Annual administration report of the Civil Veterinary Department of India - 1895-1896
Year: 1895
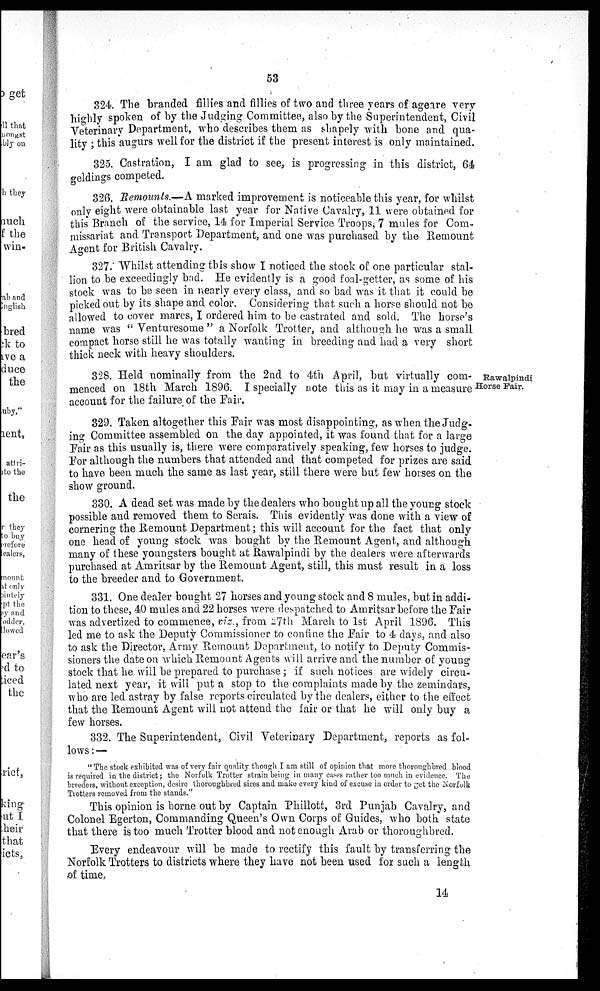
53
324. The branded fillies and fillies of two and three years of ageare very
highly spoken of by the Judging Committee, also by the Superintendent, Civil
Veterinary Department, who describes them as shapely with bone and qua-
lity; this augurs well for the district if the present interest is only maintained.
325. Castration, I am glad to see, is progressing in this district, 64
geldings competed.
326. Remounts.- A marked improvement is noticeable this year, for whilst
only eight were obtainable last year for Native Cavalry, 11 were obtained for
this Branch of the service, 14 for Imperial Service Troops, 7 mules for Com-
missariat and Transport Department, and one was purchased by the Remount
Agent for British Cavalry.
327. Whilst attending this show I noticed the stock of one particular stal-
lion to be exceedingly bad. He evidently is a good foal-getter, as some of his
stock was to be seen in nearly every class, and so bad was it that it could be
picked out by its shape and color. Considering that such a horse should not be
allowed to cover mares, I ordered him to be castrated and sold. The horse's
name was " Venturesome " a Norfolk Trotter, and although he was a small
compact horse still he was totally wanting in breeding and had a very short
thick neck with heavy shoulders.
Rawalpindi
Horse Fair.
328. Held nominally from the 2nd to 4th April, but virtually com-
menced on 18th March 1896. I specially note this as it may in a measure
account for the failure of the Fair.
329. Taken altogether this Fair was most disappointing, as when the Judg-
ing Committee assembled on the day appointed, it was found that for a large
Fair as this usually is, there were comparatively speaking, few horses to judge.
For although the numbers that attended and that competed for prizes are said
to have been much the same as last year, still there were but few horses on the
show ground.
330. A dead set was made by the dealers who bought up all the young stock
possible and removed them to Serais. This evidently was done with a view of
cornering the Remount Department; this will account for the fact that only
one head of young stock was bought by the Remount Agent, and although
many of these youngsters bought at Rawalpindi by the dealers were afterwards
purchased at Amritsar by the Remount Agent, still, this must result in a loss
to the breeder and to Government.
331. One dealer bought 27 horses and young stock and 8 mules, but in addi-
tion to these, 40 mules and 22 horses were despatched to Amritsar before the Fair
was advertized to commence, viz., from 27th March to 1st April 1896. This
led me to ask the Deputy Commissioner to confine the Fair to 4 days, and also
to ask the Director, Army Remount Department, to notify to Deputy Commis-
sioners the date on which Remount Agents will arrive and the number of young
stock that he will be prepared to purchase; if such notices are widely circu-
lated next year, it will put a stop to the complaints made by the zemindars,
who are led astray by false reports circulated by the dealers, either to the effect
that the Remount Agent will not attend the fair or that he will only buy a
few horses.
332. The Superintendent, Civil Veterinary Department, reports as fol-
lows:—
"The stock exhibited was of very fair quality though I am still of opinion that more thoroughbred blood
is required in the district; the Norfolk Trotter strain being in many cases rather too much in evidence. The
breeders, without exception, desire thoroughbred sires and make every kind of excuse in order to get the Norfolk
Trotters removed from the stands."
This opinion is borne out by Captain Phillott, 3rd Punjab Cavalry, and
Colonel Egerton, Commanding Queen's Own Corps of Guides, who both state
that there is too much Trotter blood and not enough Arab or thoroughbred.
Every endeavour will be made to rectify this fault by transferring the
Norfolk Trotters to districts where they have not been used for such a length
of time.
14